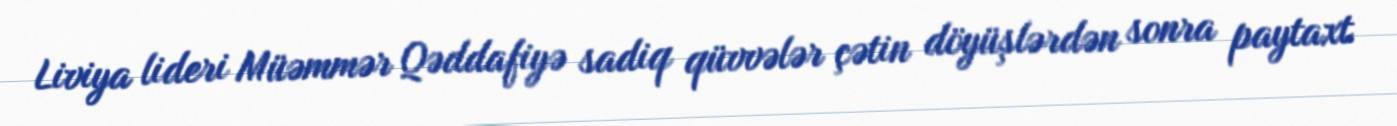
Liviya lideri Müəmmər Qəddafiyə sadiq qüvvələr çətin döyüşlərdən sonra paytaxt